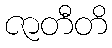
ဇာတီတိ